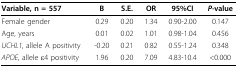
<table><thead><tr><td><b>Variable, n = 557</b></td><td><b>B</b></td><td><b>S.E.</b></td><td><b>OR</b></td><td><b>95%CI</b></td><td><b><i>P-</i>value</b></td></tr></thead><tbody><tr><td>Female gender</td><td>0.29</td><td>0.20</td><td>1.34</td><td>0.90-2.00</td><td>0.147</td></tr><tr><td>Age, years</td><td>0.01</td><td>0.02</td><td>1.01</td><td>0.98-1.04</td><td>0.456</td></tr><tr><td><i>UCHL1</i>, allele A positivity</td><td>-0.20</td><td>0.21</td><td>0.82</td><td>0.55-1.24</td><td>0.348</td></tr><tr><td><i>APOE</i>, allele ε4 positivity</td><td>1.96</td><td>0.20</td><td>7.09</td><td>4.83-10.4</td><td>&lt;0.000</td></tr></tbody></table>